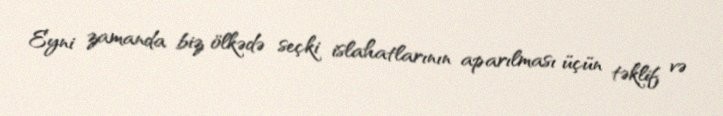
Eyni zamanda biz ölkədə seçki islahatlarının aparılması üçün təklif və